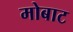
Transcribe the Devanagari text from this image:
मोबाट